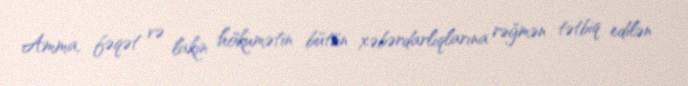
Amma, fəqət və lakin hökumətin bütün xəbərdarlıqlarına rəğmən tətbiq edilən